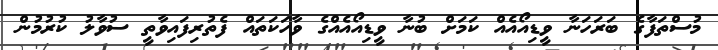
މުސްތަފާގެ ބަރަހަނާ ވީޑިއޯއެއް ކަމަށް ބުނާ ވީޑިއޯއެއްގެ ވާހަކަތައް ފެތުރިފައިވާތީ ސުވާލު ކުރުމުން